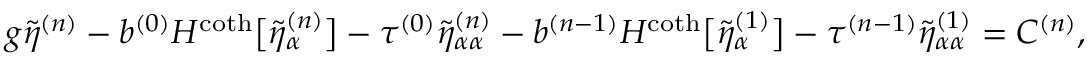
g \tilde { \eta } ^ { ( n ) } - b ^ { ( 0 ) } H ^ { \coth } \big [ \tilde { \eta } _ { \alpha } ^ { ( n ) } \big ] - \tau ^ { ( 0 ) } \tilde { \eta } _ { \alpha \alpha } ^ { ( n ) } - b ^ { ( n - 1 ) } H ^ { \coth } \big [ \tilde { \eta } _ { \alpha } ^ { ( 1 ) } \big ] - \tau ^ { ( n - 1 ) } \tilde { \eta } _ { \alpha \alpha } ^ { ( 1 ) } = C ^ { ( n ) } ,